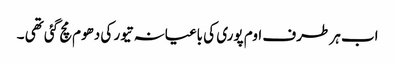
اب ہر طرف اوم پوری کی باغیانہ تیور کی دھوم مچ گئی تھی ۔